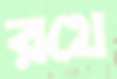
রথে